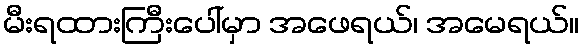
မီးရထားကြီးပေါ်မှာ အဖေရယ်၊ အမေရယ်။